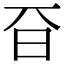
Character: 𣅆